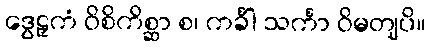
ဒွေဠှကံ ဝိစိကိစ္ဆာ စ၊ ကင်္ခါ သင်္ကာ ဝိမတျပိ။